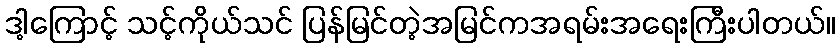
ဒါ့ကြောင့် သင့်ကိုယ်သင် ပြန်မြင်တဲ့အမြင်ကအရမ်းအရေးကြီးပါတယ်။